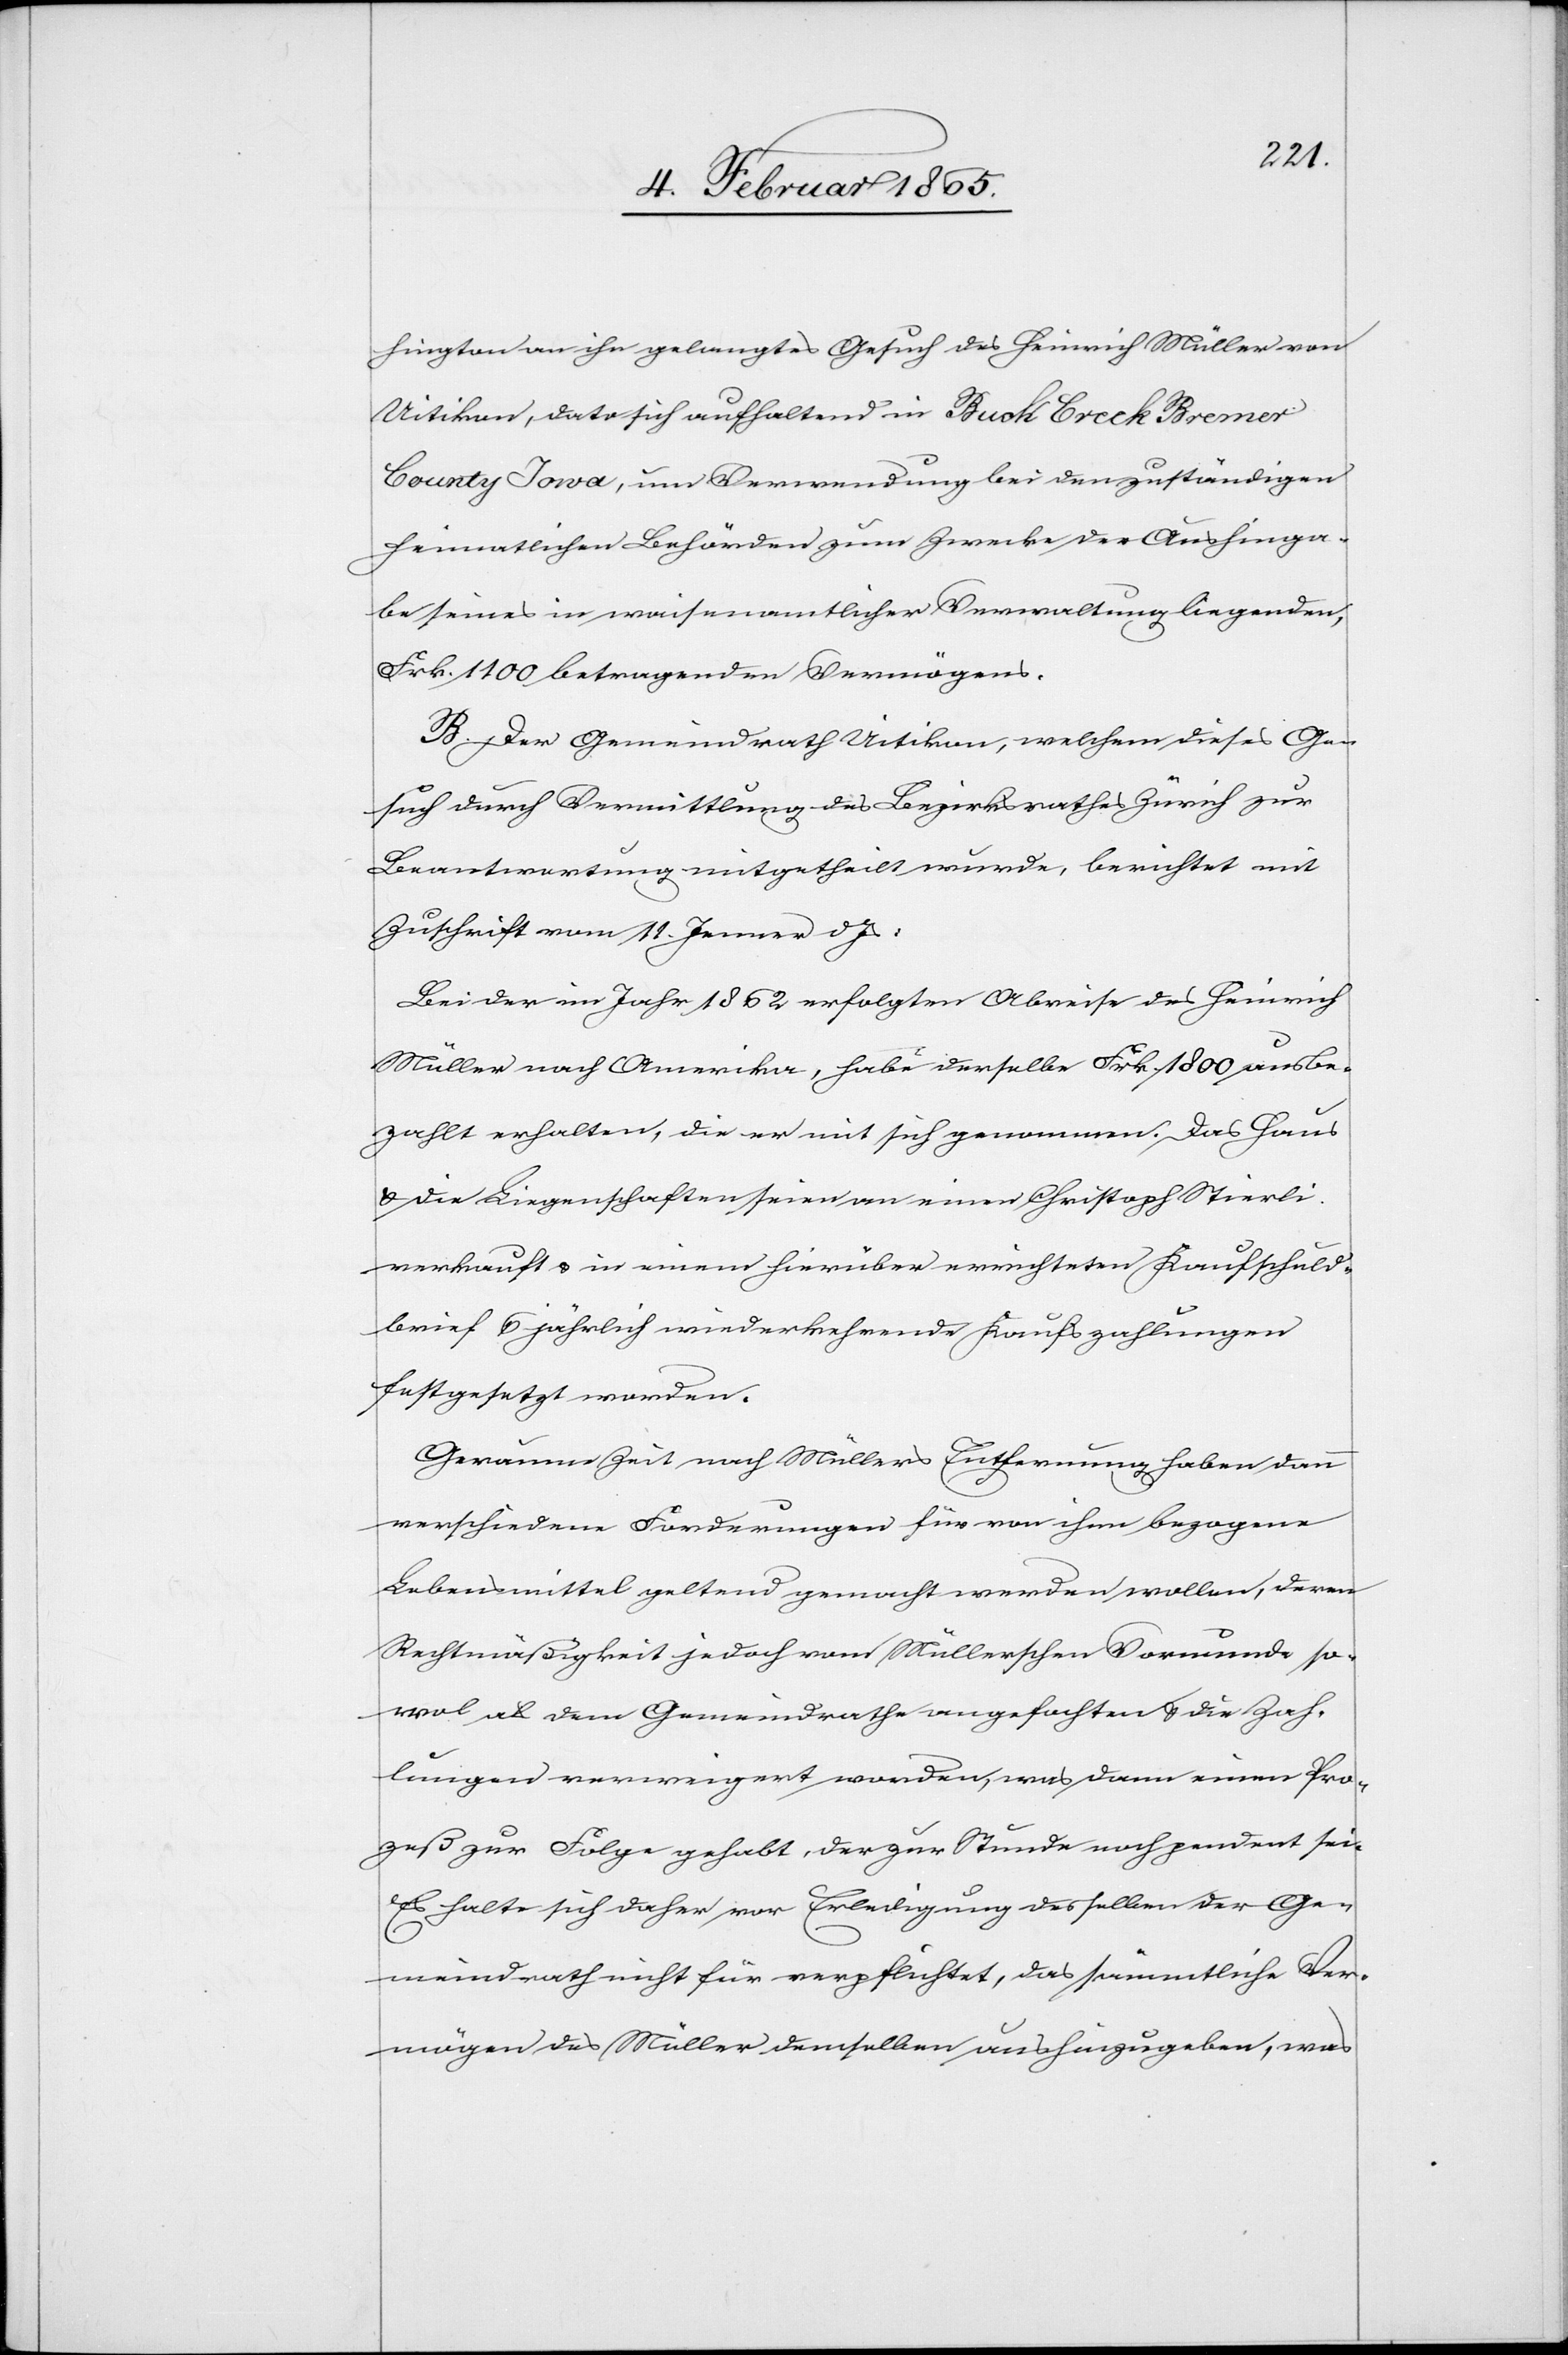
hington an ihn gelangtes Gesuch des Heinrich Müller von
Uitikon, dato sich aufhaltend in Buck Creek Bremer
County Iowa, um Verwendung bei den zuständigen
heimatlichen Behörden zum Zwecke der Aushinga¬
be seines in waisenamtlicher Verwaltung liegenden,
Frk. 1100 betragenden Vermögens.
B. Der Gemeindrath Uitikon, welchem dieses Ge¬
such durch Vermittlung des Bezirksrathes Zürich zur
Beantwortung mitgetheilt wurde, berichtet mit
Zuschrift vom 11. Jenner d. Js:
Bei der im Jahr 1862 erfolgten Abreise des Heinrich
Müller nach Amerika, habe derselbe Frk. 1800 ausbe¬
zahlt erhalten, die er mit sich genommen. Das Haus
u. die Liegenschaften seien an einen Christoph Stierli
verkauft u. in einem hierüber errichteten Kaufschuld¬
brief 6 jährig wiederkehrende Kaufszahlungen
festgesetzt worden.
Geraume Zeit nach Müllers Entfernung haben dann
verschiedene Forderungen für von ihm bezogene
Lebensmittel geltend gemacht werden wollen, deren
Rechtmäßigkeit jedoch vom Müllerschen Vormunde so¬
wol als dem Gemeindrathe angefochten u. die Zah¬
lungen verweigert worden, was dann einen Pro¬
zeß zur Folge gehabt, der zur Stunde noch pendent sei.
Es halte sich daher vor Erledigung desselben der Ge¬
meindrath nicht für verpflichtet, das sämmtliche Ver¬
mögen des Müller demselben aushinzugeben, was